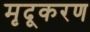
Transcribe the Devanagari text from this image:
मृदूकरण